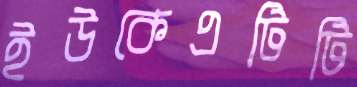
ইউকেএটিটি